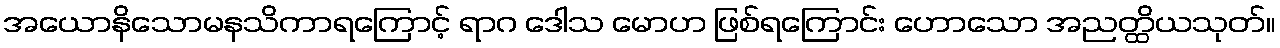
အယောနိသောမနသိကာရကြောင့် ရာဂ ဒေါသ မောဟ ဖြစ်ရကြောင်း ဟောသော အညတ္ထိယသုတ်။